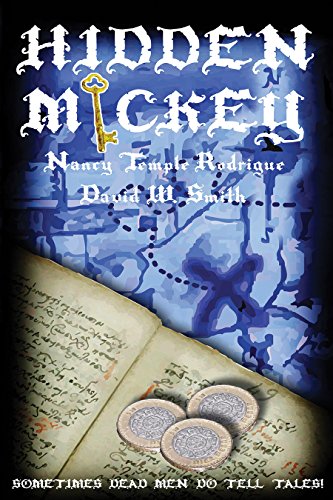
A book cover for HIDDEN MICKEY: Sometimes Dead Men DO Tell Tales! - The Action-adventure Mystery novel about Walt Disney (Hidden Mickey, volume 1); Nancy Temple Rodrigue; Literature & Fiction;